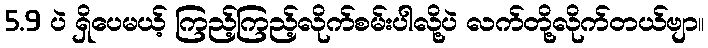
5.9 ပဲ ရှိပေမယ့် ကြည့်ကြည့်လိုက်စမ်းပါလို့ပဲ လက်တို့လိုက်တယ်ဗျာ။